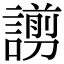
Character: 謭